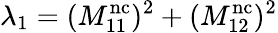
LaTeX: \lambda_{1}=(M_{11}^{\mathrm{nc}})^{2}+(M_{12}^{\mathrm{nc}})^{2}